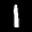
Label: 1